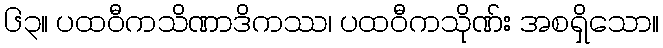
၆၃။ ပထဝီကသိဏာဒိကဿ၊ ပထဝီကသိုဏ်း အစရှိသော။